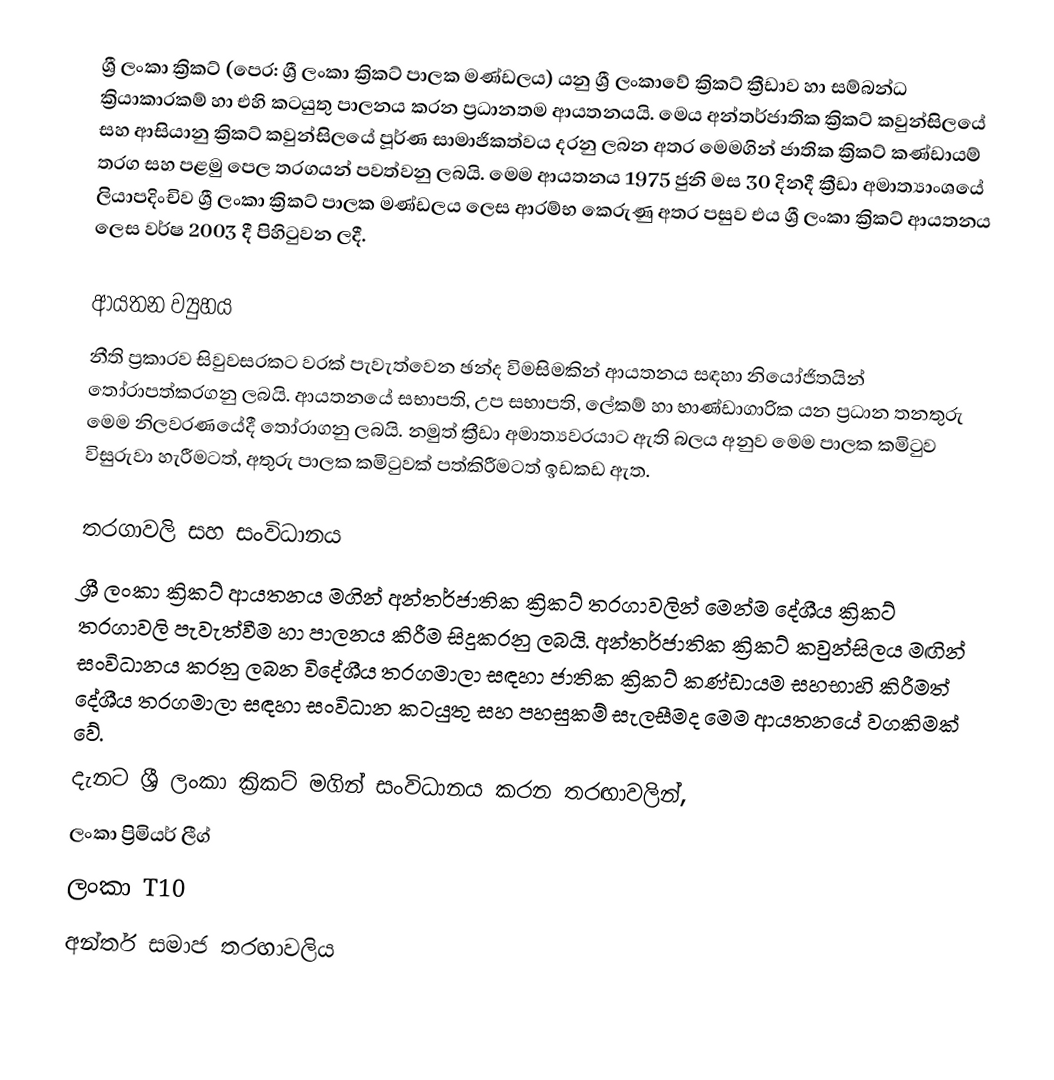
ශ්‍රී ලංකා ක්‍රිකට් (පෙර: ශ්‍රී ලංකා ක්‍රිකට් පාලක මණ්ඩලය) යනු ශ්‍රී ලංකාවේ ක්‍රිකට් ක්‍රීඩාව හා සම්බන්ධ ක්‍රියාකාරකම් හා එහි කටයුතු පාලනය කරන ප්‍රධානතම ආයතනයයි. මෙය අන්තර්ජාතික ක්‍රිකට් කවුන්සිලයේ සහ ආසියානු ක්‍රිකට් කවුන්සිලයේ පූර්ණ සාමාජිකත්වය දරනු ලබන අතර මෙමගින් ජාතික ක්‍රිකට් කණ්ඩායම් තරග සහ පළමු පෙල තරගයන් පවත්වනු ලබයි. මෙම ආයතනය 1975 ජුනි මස 30 දිනදී  ක්‍රීඩා අමාත්‍යාංශයේ ලියාපදිංචිව ශ්‍රී ලංකා ක්‍රිකට් පාලක මණ්ඩලය ලෙස ආරම්භ කෙරුණු අතර පසුව එය ශ්‍රී ලංකා ක්‍රිකට් ආයතනය ලෙස වර්ෂ 2003 දී පිහිටුවන ලදී.

ආයතන ව්‍යුහය
නීති ප්‍රකාරව සිවුවසරකට වරක් පැවැත්වෙන ඡන්ද විමසිමකින් ආයතනය සඳහා නියෝජිතයින් තෝරාපත්කරගනු ලබයි. ආයතනයේ සභාපති, උප සභාපති, ලේකම් හා භාණ්ඩාගාරික යන ප්‍රධාන තනතුරු මෙම නිලවරණයේදී තෝරාගනු ලබයි. නමුත් ක්‍රීඩා අමාත්‍යවරයාට ඇති බලය අනුව මෙම පාලක කමිටුව විසුරුවා හැරීමටත්, අතුරු පාලක කමිටුවක් පත්කිරීමටත් ඉඩකඩ ඇත.

තරගාවලි සහ සංවිධානය
ශ්‍රී ලංකා ක්‍රිකට් ආයතනය මගින් අන්තර්ජාතික ක්‍රිකට් තරගාවලින් මෙන්ම දේශීය ක්‍රිකට් තරගාවලි පැවැත්වීම හා පාලනය කිරීම සිදුකරනු ලබයි. අන්තර්ජාතික ක්‍රිකට් කවුන්සිලය මඟින් සංවිධානය කරනු ලබන විදේශීය තරගමාලා සඳහා ජාතික ක්‍රිකට් කණ්ඩායම සහභාහි කිරීමත් දේශීය තරගමාලා සඳහා සංවිධාන කටයුතු සහ පහසුකම් සැලසීමද මෙම ආයතනයේ වගකිමක් වේ.
දැනට ශ්‍රී ලංකා ක්‍රිකට් මගින් සංවිධානය කරන තරඟාවලින්,
ලංකා ප්‍රිමියර් ලීග්
ලංකා T10
අන්තර් සමාජ තරඟාවලිය